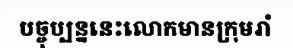
បច្ចុប្បន្ននេះលោកមានក្រុមរាំ